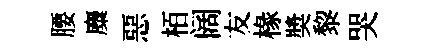
腰麋惡栢阔友椽奬黎哭